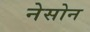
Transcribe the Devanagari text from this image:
नेसोन